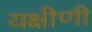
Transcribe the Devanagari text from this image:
यक्षीणी